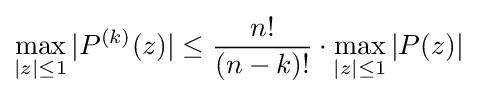
\max _{|z|\leq 1}|P^{(k)}(z)|\leq {\frac {n!}{(n-k)!}}\cdot \max _{|z|\leq 1}|P(z)|